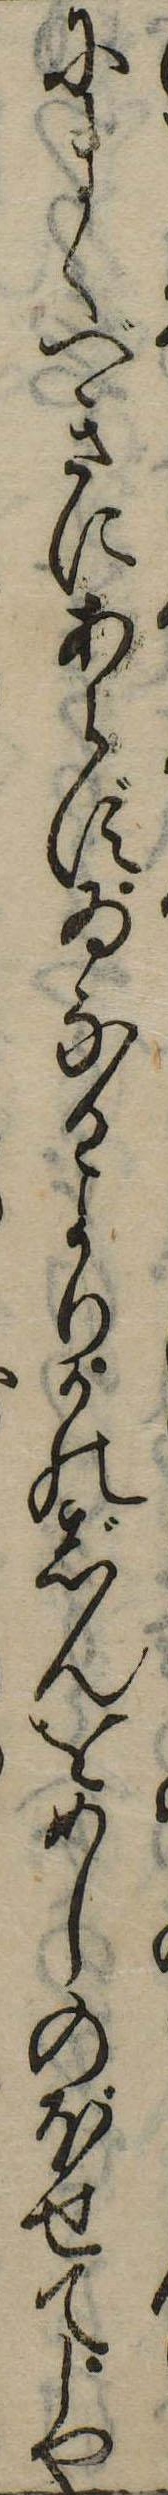
にまくべきにあらずゐなかよりかのじんをめしのぼせてしや